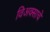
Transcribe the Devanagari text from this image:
विअक्साचे